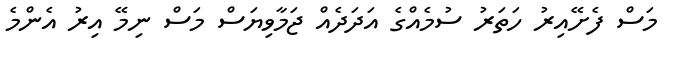
މަސް ފެށޭއިރު ހަތަރު ސުމެއްގެ އަދަދެއް ޖަމާވިޔަސް މަސް ނިމޭ އިރު އެންމެ